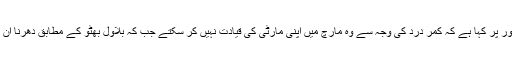
ن لیگ کے صدر شہباز شریف نے تو واضح طور پر کہا ہے کہ کمر درد کی وجہ سے وہ مارچ میں اپنی مارٹی کی قیادت نہیں کر سکتے جب کہ بلاول بھٹو کے مطابق دھرنا ان کی پارٹی سیاست کی پالیسی کے ہی خلاف ہے۔